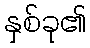
နှစ်ခု၏